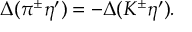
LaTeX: \Delta ( \pi ^ { \pm } \eta ^ { \prime } ) = - \Delta ( K ^ { \pm } \eta ^ { \prime } ) .